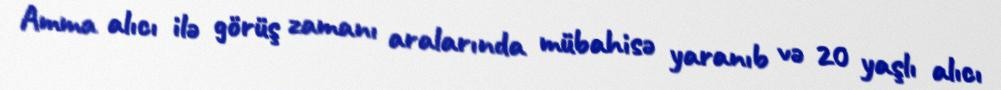
Amma alıcı ilə görüş zamanı aralarında mübahisə yaranıb və 20 yaşlı alıcı